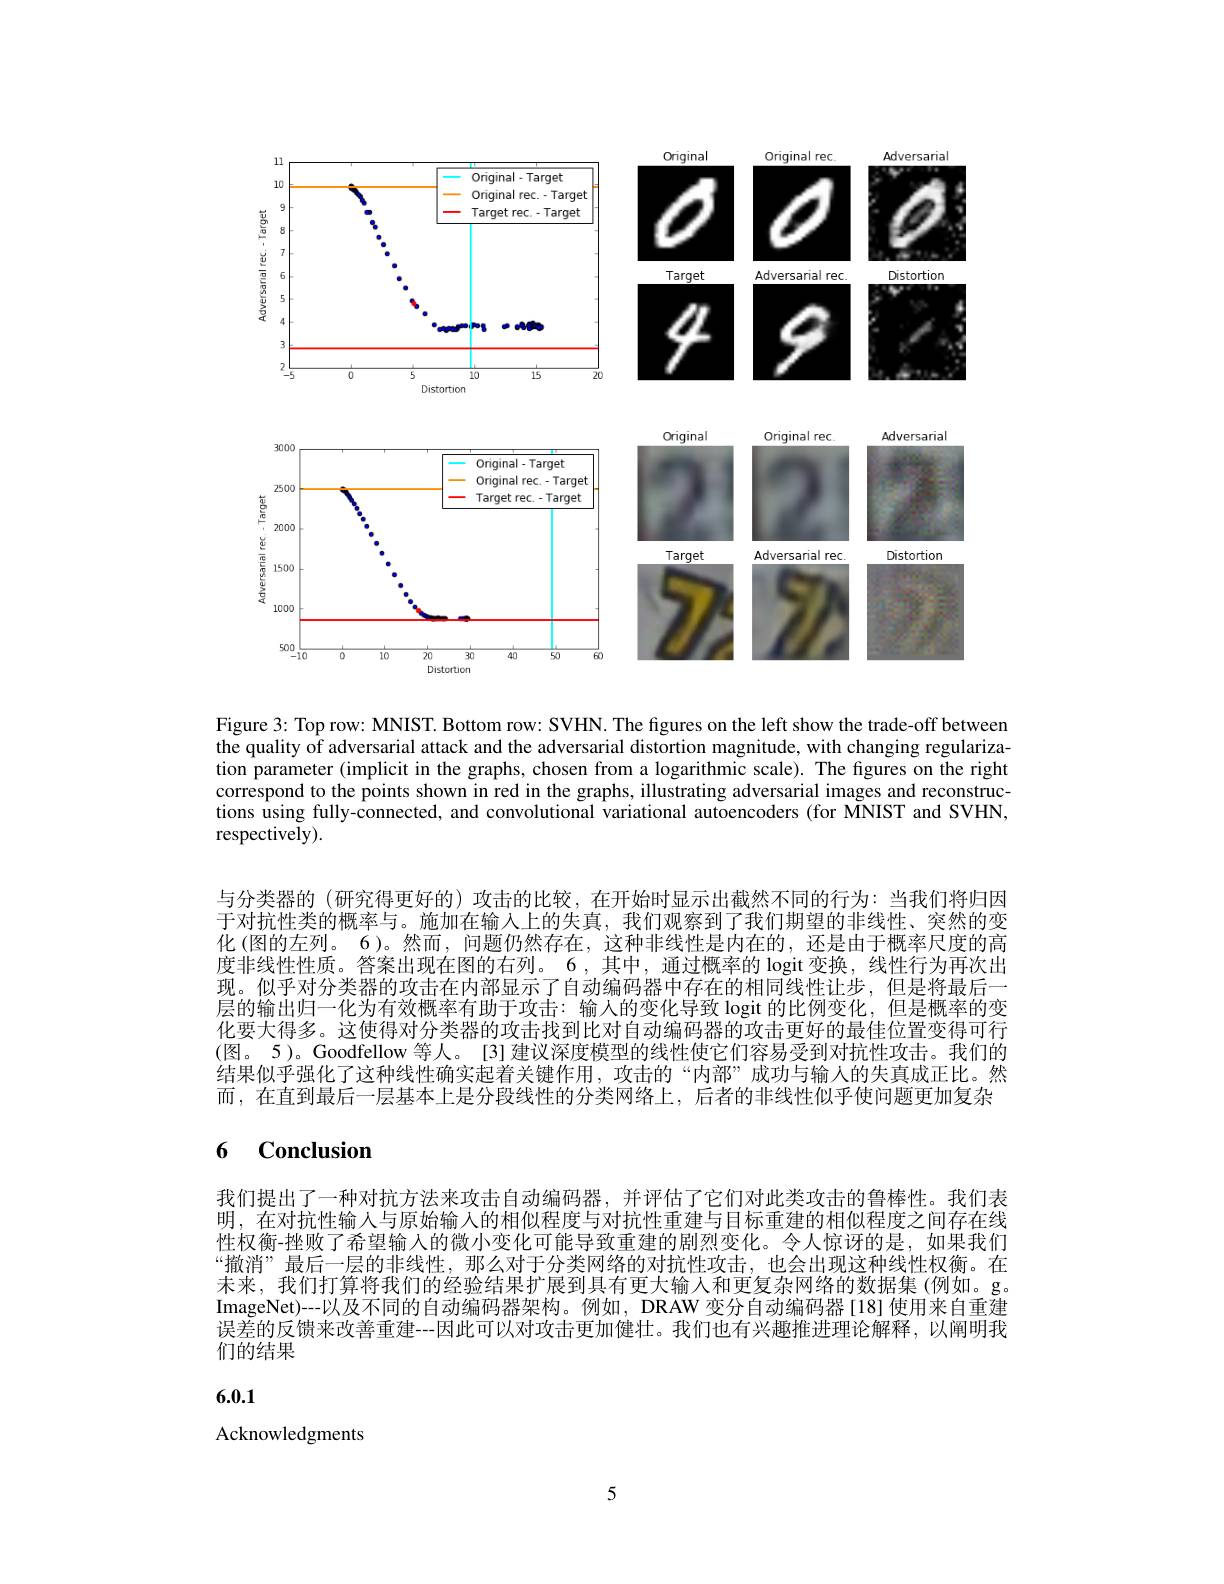
<FigureHere>

Figure 3: Top row: MNIST. Bottom row: SVHN. The figures on the left show the trade-off between $\tilde{\text{the qualityof adversarial attack and the adversarial distortion magnitude, with changing regulariza- }}$ tion parameter (implicit in the graphs, chosen from a logarithmic scale). The figures on the right correspond to the points shown in red in the graphs, illustrating adversarial images and reconstructions using fully-connected, and convolutional variational autoencoders (for MNIST and SVHN, respectively).

与分类器的 (研究得更好的) 攻击的比较，在开始时显示出截然不同的行为：当我们将归因于对抗性类的概率与。施加在输入上的失真，我们观察到了我们期望的非线性、突然的变化 (图的左列。6)。然而，问题仍然存在，这种非线性是内在的，还是由于概率尺度的高度非线性性质。答案出现在图的右列。6,其中，通过概率的 logit 变换，线性行为再次出现。似乎对分类器的攻击在内部显示了自动编码器中存在的相同线性让步，但是将最后一层的输出归一化为有效概率有助于攻击：输入的变化导致 logit 的比例变化，但是概率的变化要大得多。这使得对分类器的攻击找到比对自动编码器的攻击更好的最佳位置变得可行(图。5)。Goodfellow 等人。[3]建议深度模型的线性使它们容易受到对抗性攻击。我们的结果似乎强化了这种线性确实起着关键作用，攻击的“内部”成功与输入的失真成正比。然而，在直到最后一层基本上是分段线性的分类网络上，后者的非线性似乎使问题更加复杂

## 6 $\mathbf{Conclusion}$

我们提出了一种对抗方法来攻击自动编码器，并评估了它们对此类攻击的鲁棒性。我们表明，在对抗性输人与原始输入的相似程度与对抗性重建与目标重建的相似程度之间存在线性权衡-挫败了希望输入的微小变化可能导致重建的剧烈变化。令人惊讶的是，如果我们“撤消”最后一层的非线性，那么对于分类网络的对抗性攻击，也会出现这种线性权衡。在未来，我们打算将我们的经验结果扩展到具有更大输入和更复杂网络的数据集(例如。g。ImageNet)--以及不同的自动编码器架构。例如，DRAW 变分自动编码器[18]使用来自重建误差的反馈来改善重建--因此可以对攻击更加健壮。我们也有兴趣推进理论解释，以阐明我们的结果

6.0.1

Acknowledgments

5